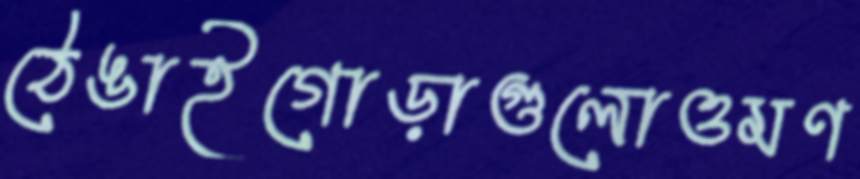
ঠেঙাইগোড়াগুলোওমণ